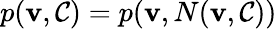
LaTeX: p(\mathbf{v},\mathcal{{C}})=p(\mathbf{v},N(\mathbf{v},\mathcal{{C}}))